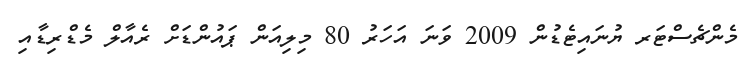
މެންޗެސްޓަރ ޔުނައިޓެޑުން 2009 ވަނަ އަހަރު 80 މިލިއަން ޕައުންޑަށް ރެއާލް މެޑްރިޑާއި